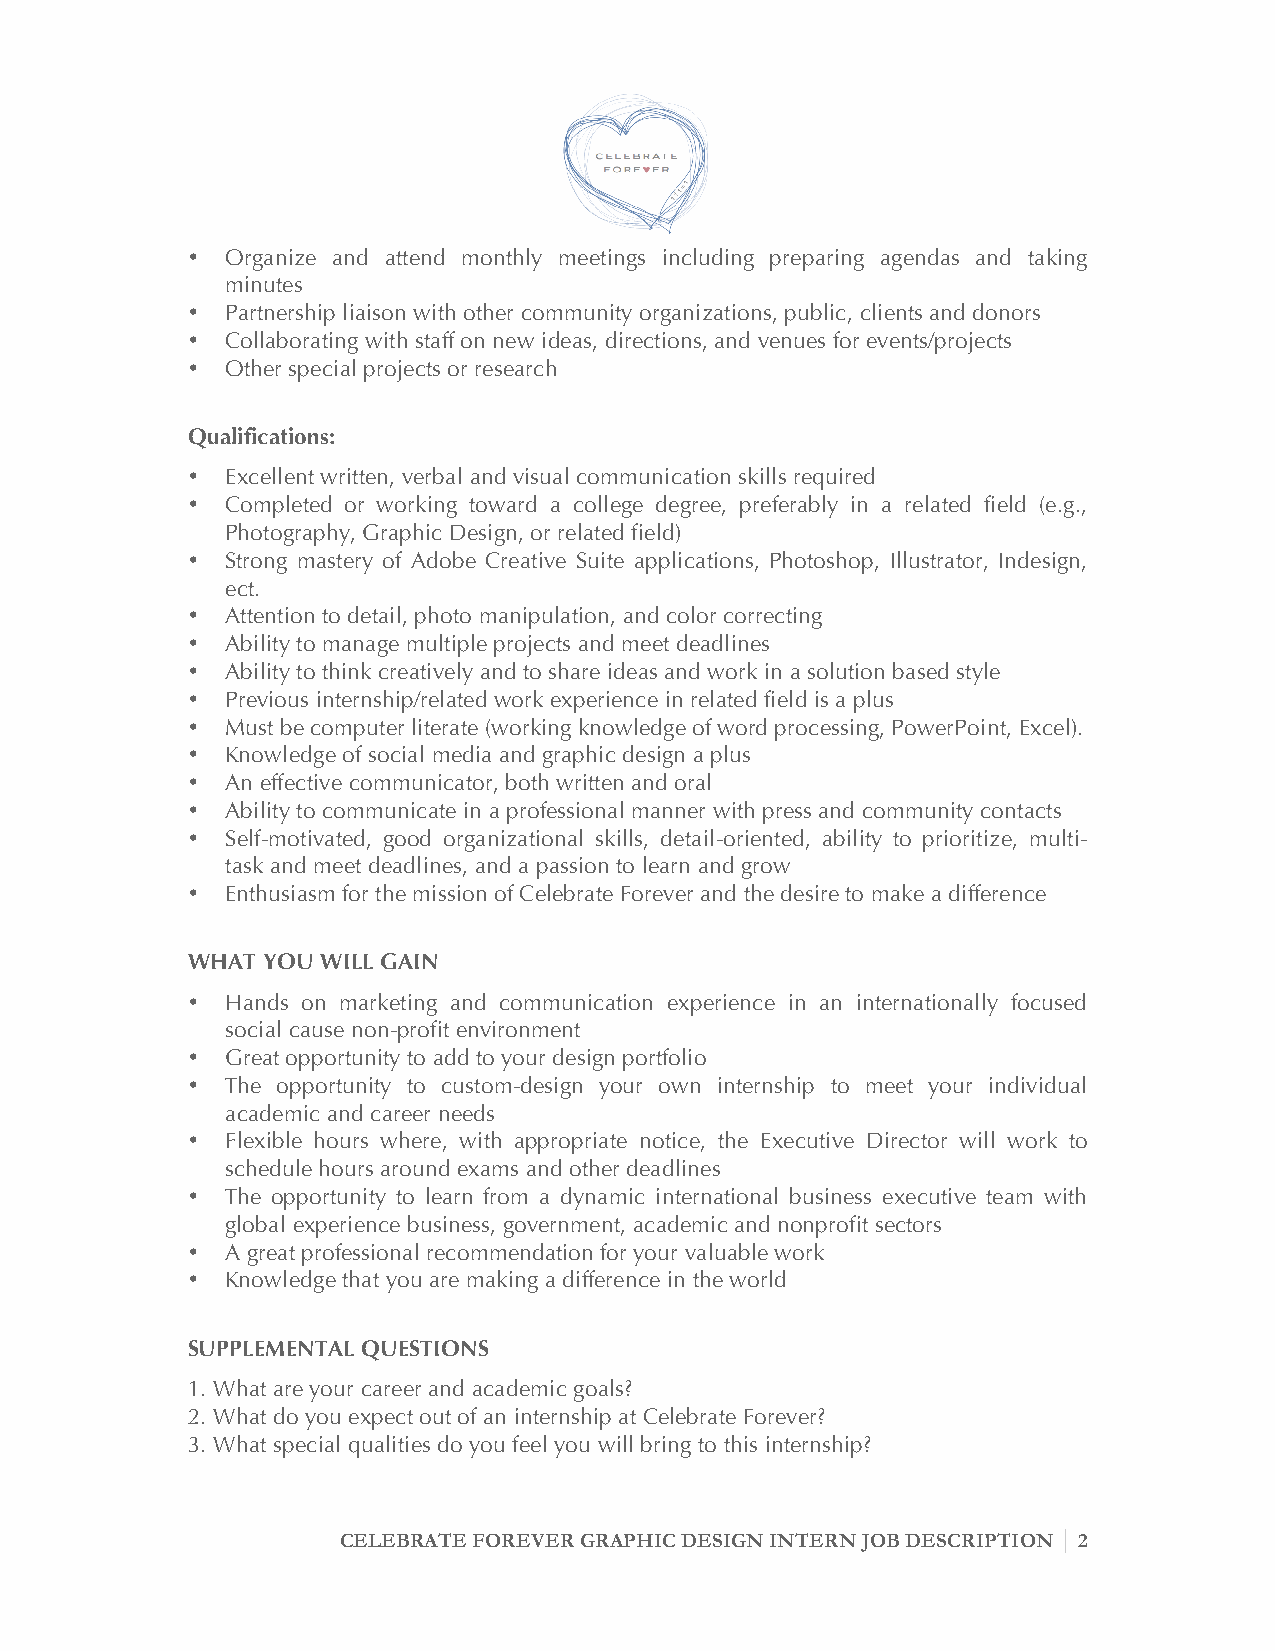
•  Organize and attend monthly meetings including preparing agendas and taking
 minutes
 •  Partnership liaison with other community organizations, public, clients and donors
 •  Collaborating with staff on new ideas, directions, and venues for events/projects
 •  Other special projects or research
 Qualifications:
 •  Excellent written, verbal and visual communication skills required
 •  Completed or working toward a college degree, preferably in a related field (e.g.,
 Photography, Graphic Design, or related field)
 •  Strong mastery of Adobe Creative Suite applications, Photoshop, Illustrator, Indesign,
 ect.
 •  Attention to detail, photo manipulation, and color correcting
 •  Ability to manage multiple projects and meet deadlines
 •  Ability to think creatively and to share ideas and work in a solution based style
 •  Previous internship/related work experience in related field is a plus
 •  Must be computer literate (working knowledge of word processing, PowerPoint, Excel).
 •  Knowledge of social media and graphic design a plus
 •  An effective communicator, both written and oral
 •  Ability to communicate in a professional manner with press and community contacts
 •  Self-motivated, good organizational skills, detail-oriented, ability to prioritize, multi-
 task and meet deadlines, and a passion to learn and grow
 •  Enthusiasm for the mission of Celebrate Forever and the desire to make a difference
 WHAT YOU WILL GAIN
 •  Hands on marketing and communication experience in an internationally focused
 social cause non-profit environment
 •  Great opportunity to add to your design portfolio
 •  The opportunity to custom-design your own internship to meet your individual
 academic and career needs
 •  Flexible hours where, with appropriate notice, the Executive Director will work to
 schedule hours around exams and other deadlines
 •  The opportunity to learn from a dynamic international business executive team with
 global experience business, government, academic and nonprofit sectors
 •  A great professional recommendation for your valuable work
 •  Knowledge that you are making a difference in the world
 SUPPLEMENTAL QUESTIONS
 1. What are your career and academic goals?
 2. What do you expect out of an internship at Celebrate Forever?
 3. What special qualities do you feel you will bring to this internship?
 CELEBRATE FOREVER GRAPHIC DESIGN INTERN JOB DESCRIPTION 2